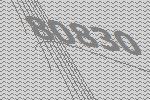
80830